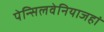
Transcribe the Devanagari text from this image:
पेन्सिलवेनियाजहां